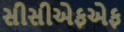
સીસીએફએફ